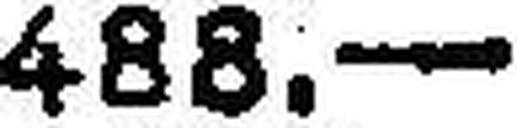
488.—